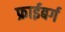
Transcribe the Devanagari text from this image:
फ्राईबर्ग